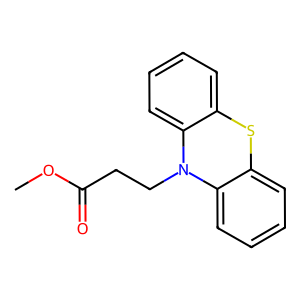
SMILES: COC(=O)CCN1c2ccccc2Sc2ccccc21
Inhibits HIV replication: No